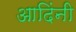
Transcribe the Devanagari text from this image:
आदिंनी